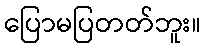
ပြောမပြတတ်ဘူး။